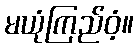
မယုံကြည်ဝံ့။